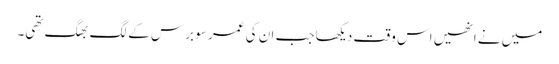
میں نے انھیں اس وقت دیکھا جب ان کی عمر سو برس کے لگ بھگ تھی۔